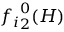
{ f _ { i } } _ { 2 } ^ { 0 } ( H )